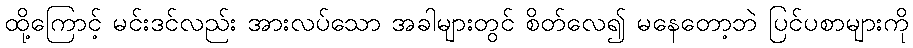
ထို့ကြောင့် မင်းဒင်လည်း အားလပ်သော အခါများတွင် စိတ်လေ၍ မနေတော့ဘဲ ပြင်ပစာများကို